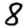
Digit: 8